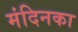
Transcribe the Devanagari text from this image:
मंदिनका